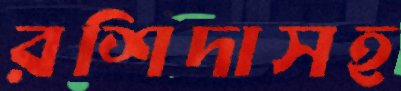
রশিদাসহ